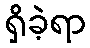
ရှိခဲ့ရာ